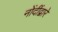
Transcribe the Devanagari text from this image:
नोंदींद्वारे